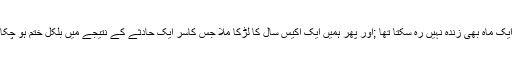
آپریشن سے پہلے ہارنر کاجسم بیماری کی وجہ سے ختم ہو چکا تھا ;وہ ایک ماہ بھی زندہ نہیں رہ سکتا تھا ;اور پھر ہمیں ایک اکیس سال کا لڑکا ملا جس کاسر ایک حادثے کے نتیجے میں بلکل ختم ہو چکا تھا; اور اس کے والدین سے اجازت لے کر ہم نےا ٓپریشن کا فیصلہ کیا ۔